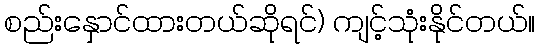
စည်းနှောင်ထားတယ်ဆိုရင်) ကျင့်သုံးနိုင်တယ်။